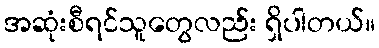
အဆုံးစီရင်သူတွေလည်း ရှိပါတယ်။